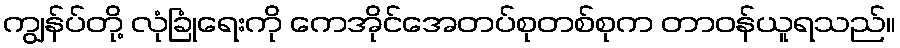
ကျွန်ပ်တို့ လုံခြုံရေးကို ကေအိုင်အေတပ်စုတစ်စုက တာဝန်ယူရသည်။